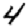
Digit: 4